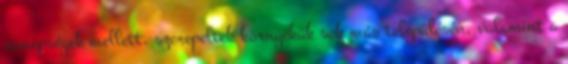
ünnepségek mellett, szerepeltek környékük sok más településén, valamint a